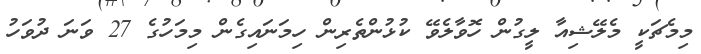
މިމެޗަކީ މެލޭޝިއާ ލީގުން ހޮވާލެވޭ ކުޅުންތެރިން ހިމަނައިގެން މިމަހުގެ 27 ވަނަ ދުވަހު